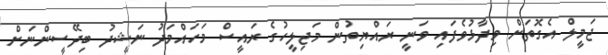
ޖަމީލް އެގޮތަށް ވިދާޅުވެފައި ވަނީ ރައްޔިތުން މަޖިލީހުގެ ރައީސް މަހައްމަދު ނަޝީދު ބިދޭސީންނަށް